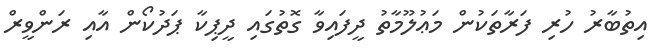
އިތުބާރު ހުރި ފަރާތަކުން މަޢުލޫމާތު ދީފައިވާ ގޮތުގައި ދީޕިކާ ޕަދުކޯން އާއި ރަންވީރް